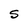
Character: S